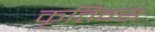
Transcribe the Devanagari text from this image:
कृत्तिवस